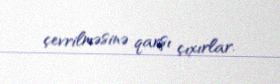
çevrilməsinə qarşı çıxırlar.